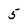
Character: 5